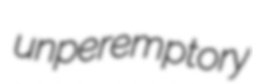
unperemptory